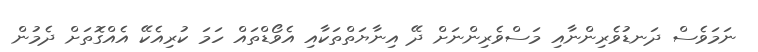
ނަމަވެސް ދަނޑުވެރިންނާއި މަސްވެރިންނަށް ދޭ އިނާޔަތްތަކާއި އެވޯޑްތައް ހަމަ ކުރިއެކޭ އެއްގޮތަށް ދެމުން